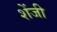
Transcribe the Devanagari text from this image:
शेंजी